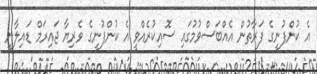
އެ ކުންފުނީގެ ފަރާތުން އެއްބަސްވުމުގައި ސޮއިކުރެއްވީ އެ ކުންފުނީގެ ވެރިޔާ ޖައިރަމް ޑައިލާނީ